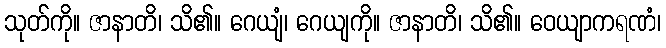
သုတ်ကို။ ဇာနာတိ၊ သိ၏။ ဂေယျံ၊ ဂေယျကို။ ဇာနာတိ၊ သိ၏။ ဝေယျာကရဏံ၊